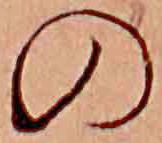
の